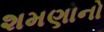
શમણાનો